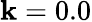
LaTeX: \mathbf{k}=0.0